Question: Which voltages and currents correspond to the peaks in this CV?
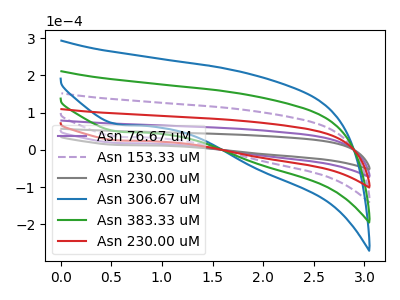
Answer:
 <answer>The purple curve "Asn 76.67 uM" has a cathodic peak at: (0.55V, 18.30uA). The purple dashed curve "Asn 153.33 uM" has a cathodic peak at: (0.55V, 54.90uA). The gray curve "Asn 230.00 uM" has a cathodic peak at: (0.55V, 13.15uA). The blue curve "Asn 306.67 uM" has a cathodic peak at: (0.55V, 91.50uA). The green curve "Asn 383.33 uM" has a cathodic peak at: (0.55V, 73.20uA). The red curve "Asn 230.00 uM" has a cathodic peak at: (0.55V, 36.60uA).</answer>
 <eval></eval>